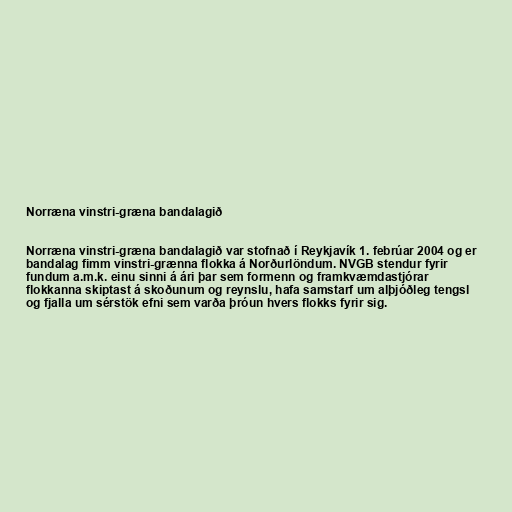
Norræna vinstri-græna bandalagið

Norræna vinstri-græna bandalagið var stofnað í Reykjavík 1. febrúar 2004 og er
bandalag fimm vinstri-grænna flokka á Norðurlöndum. NVGB stendur fyrir
fundum a.m.k. einu sinni á ári þar sem formenn og framkvæmdastjórar
flokkanna skiptast á skoðunum og reynslu, hafa samstarf um alþjóðleg tengsl
og fjalla um sérstök efni sem varða þróun hvers flokks fyrir sig.